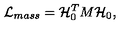
{ \cal L } _ { m a s s } = { \cal H } _ { 0 } ^ { T } M { \cal H } _ { 0 } ,